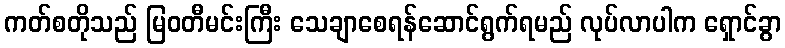
ကတ်စတိုသည် မြဝတီမင်းကြီး သေချာစေရန်ဆောင်ရွက်ရမည် လုပ်လာပါက ရှောင်ခွာ